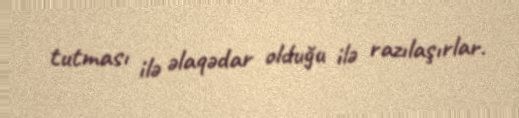
tutması ilə əlaqədar olduğu ilə razılaşırlar.